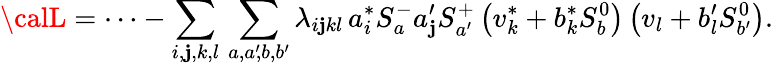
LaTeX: {\calL}=\cdots-\sum_{i,\mathbf{j},k,l}\, \sum_{a,a^{\prime}\! ,b,b^{\prime}}\lambda_{i\mathbf{j}kl}\, a_{i}^{*}S_{a}^{-}a_{\mathbf{j}}^{\prime}S_{a^{\prime}}^{+}\left(v_{k}^{*}+b_{k}^{*}S_{b}^{0}\right)\left(v_{l}+b_{l}^{\prime}S_{b^{\prime}}^{0}\right).